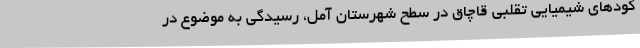
کودهای شیمیایی تقلبی قاچاق در سطح شهرستان آمل، رسیدگی به موضوع در